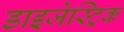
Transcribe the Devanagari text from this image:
डाइजेस्ट्रिक